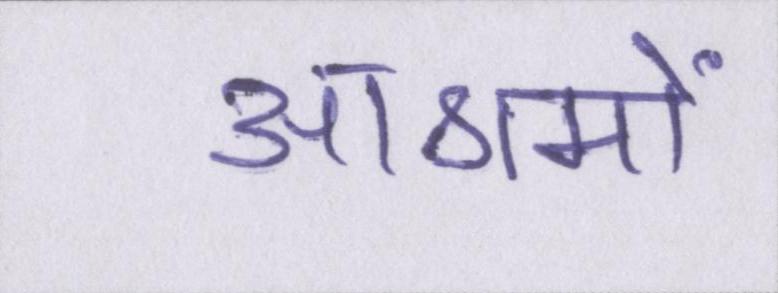
आश्रमों